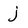
Character: j